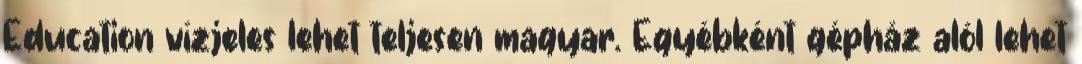
Education vízjeles lehet teljesen magyar. Egyébként gépház alól lehet